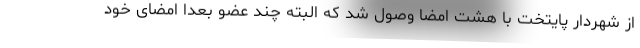
از شهردار پایتخت با هشت امضا وصول شد که البته چند عضو بعدا امضای خود